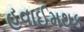
હવાઈમથક